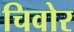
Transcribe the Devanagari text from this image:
चिवोर